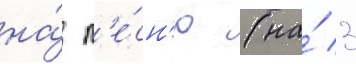
на́ п'е́сн'ю (на́ 3